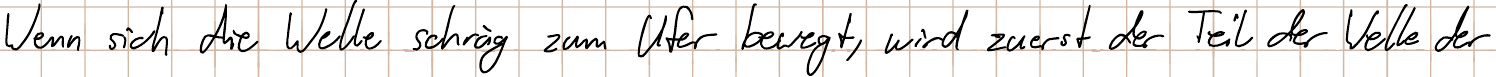
Wenn sich die Welle schräg zum Ufer bewegt, wird zuerst der Teil der Welle der